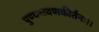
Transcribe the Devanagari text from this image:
पुण्यश्रवणकीर्तनः।।